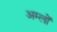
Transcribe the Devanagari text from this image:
अम्‍लों